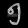
Digit: ၅